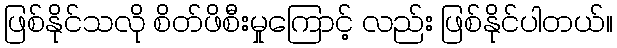
ဖြစ်နိုင်သလို စိတ်ဖိစီးမှုကြောင့် လည်း ဖြစ်နိုင်ပါတယ်။